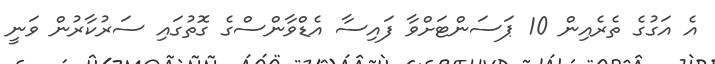
އެ އަގުގެ ތެރެއިން 10 ޕަސަންޓަށްވާ ފައިސާ އެޑްވާންސްގެ ގޮތުގައި ސަރުކާރުން ވަނީ